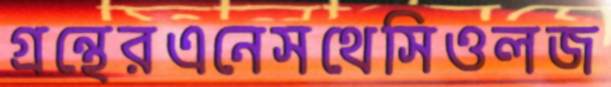
গ্রন্থেরএনেসথেসিওলজ